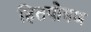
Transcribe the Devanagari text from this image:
हितपोषण